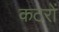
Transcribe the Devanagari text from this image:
कटरों